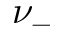
\nu _ { - }